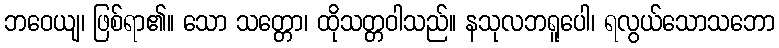
ဘဝေယျ၊ ဖြစ်ရာ၏။ သော သတ္တော၊ ထိုသတ္တဝါသည်။ နသုလဘရူပေါ၊ ရလွယ်သောသဘော